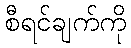
စီရင်ချက်ကို